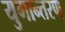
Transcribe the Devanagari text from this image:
युगान्तरण